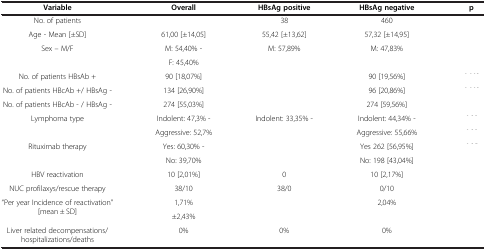
<table><thead><tr><td><b>Variable</b></td><td><b>Overall</b></td><td><b>HBsAg positive</b></td><td><b>HBsAg negative</b></td><td><b><i>p</i></b></td></tr></thead><tbody><tr><td>No. of patients</td><td>[EMPTY_CELL]</td><td>38</td><td>460</td><td>[EMPTY_CELL]</td></tr><tr><td>Age - Mean [±SD]</td><td>61,00 [±14,05]</td><td>55,42 [±13,62]</td><td>57,32 [±14,95]</td><td>[EMPTY_CELL]</td></tr><tr><td rowspan="2">Sex – M/F</td><td>M: 54,40% -</td><td>M: 57,89%</td><td>M: 47,83%</td><td rowspan="2">[EMPTY_CELL]</td></tr><tr><td>F: 45,40%</td><td>[EMPTY_CELL]</td><td>[EMPTY_CELL]</td></tr><tr><td>No. of patients HBsAb +</td><td>90 [18,07%]</td><td>[EMPTY_CELL]</td><td>90 [19,56%]</td><td>[EMPTY_CELL]</td></tr><tr><td>No. of patients HBcAb +/ HBsAg -</td><td>134 [26,90%]</td><td>[EMPTY_CELL]</td><td>96 [20,86%]</td><td>[EMPTY_CELL]</td></tr><tr><td>No. of patients HBcAb - / HBsAg -</td><td>274 [55,03%]</td><td>[EMPTY_CELL]</td><td>274 [59,56%]</td><td>[EMPTY_CELL]</td></tr><tr><td>Lymphoma type</td><td>Indolent: 47,3% -</td><td>Indolent: 33,35% - </td><td>Indolent: 44,34% - </td><td>[EMPTY_CELL]</td></tr><tr><td>[EMPTY_CELL]</td><td>Aggressive: 52,7%</td><td>[EMPTY_CELL]</td><td>Aggressive: 55,66%</td><td>[EMPTY_CELL]</td></tr><tr><td rowspan="2">Rituximab therapy</td><td>Yes: 60,30% -</td><td>[EMPTY_CELL]</td><td>Yes 262 [56,95%]</td><td>[EMPTY_CELL]</td></tr><tr><td>No: 39,70%</td><td>[EMPTY_CELL]</td><td>No: 198 [43,04%]</td><td>[EMPTY_CELL]</td></tr><tr><td>HBV reactivation</td><td>10 [2,01%]</td><td>0</td><td>10 [2,17%]</td><td>[EMPTY_CELL]</td></tr><tr><td>NUC profilaxys/rescue therapy</td><td>38/10</td><td>38/0</td><td>0/10</td><td>[EMPTY_CELL]</td></tr><tr><td rowspan="2">“Per year Incidence of reactivation” [mean ± SD]</td><td>1,71%</td><td rowspan="2">[EMPTY_CELL]</td><td>2,04%</td><td rowspan="2">[EMPTY_CELL]</td></tr><tr><td>±2,43%</td><td>[EMPTY_CELL]</td></tr><tr><td>Liver related decompensations/hospitalizations/deaths</td><td>0%</td><td>0%</td><td>0%</td><td>[EMPTY_CELL]</td></tr></tbody></table>